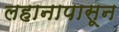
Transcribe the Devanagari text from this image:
लहानापासून